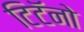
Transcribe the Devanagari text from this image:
टिटॅनो